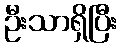
ဦးသာရှိပြီး